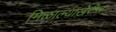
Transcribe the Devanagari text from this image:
मिळाल्याखेरीज